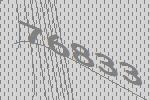
76833